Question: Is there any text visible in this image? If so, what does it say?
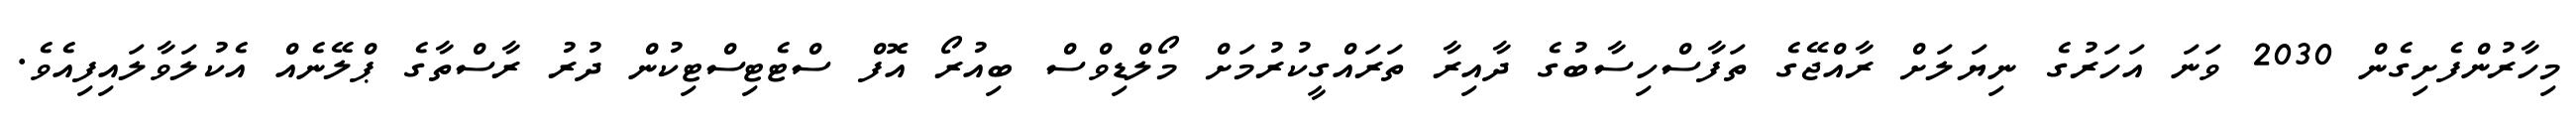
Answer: މިހާރުންފެށިގެން 2030 ވަނަ އަހަރުގެ ނިޔަލަށް ރާއްޖޭގެ ތަފާސްހިސާބުގެ ދާއިރާ ތަރައްގީކުރުމަށް މޯލްޑިވްސް ބިއުރޯ އޮފް ސްޓެޓިސްޓިކުން ދުރު ރާސްތާގެ ޕްލޭނެއް އެކުލަވާލައިފިއެވެ.